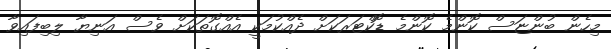
މިހެން ބުންޏަސް ކޮންމެ ކޮންމެ ޑޮކްޓަރަކަށް ދެއްކުމަކީ އެއްގޮތަކަށް ވެސް އަނިޔާ ލިބިފައިވާ